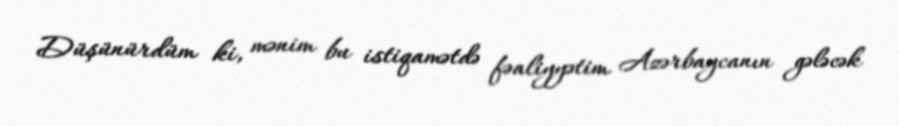
Düşünürdüm ki, mənim bu istiqamətdə fəaliyyətim Azərbaycanın gələcək